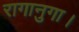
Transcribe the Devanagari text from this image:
रागानुगा।